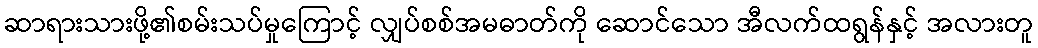
ဆာရားသားဖို့၏စမ်းသပ်မှုကြောင့် လျှပ်စစ်အမဓာတ်ကို ဆောင်သော အီလက်ထရွန်နှင့် အလားတူ